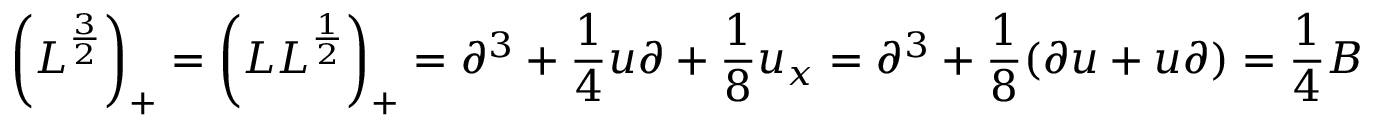
\left( L ^ { \frac { 3 } { 2 } } \right) _ { + } = \left( L L ^ { \frac { 1 } { 2 } } \right) _ { + } = \partial ^ { 3 } + { \frac { 1 } { 4 } } u \partial + { \frac { 1 } { 8 } } u _ { x } = \partial ^ { 3 } + { \frac { 1 } { 8 } } ( \partial u + u \partial ) = { \frac { 1 } { 4 } } B